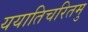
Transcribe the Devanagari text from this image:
ययातिचरितमु